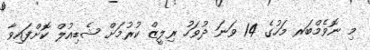
މި ނޮވެމްބަރ މަހުގެ 14 ވަނަ ދުވަހު ރިލީޒް ކުރުމަށް ޝެޑިއުލް ކޮށްފައިވާ